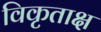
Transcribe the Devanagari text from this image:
विकृताक्ष